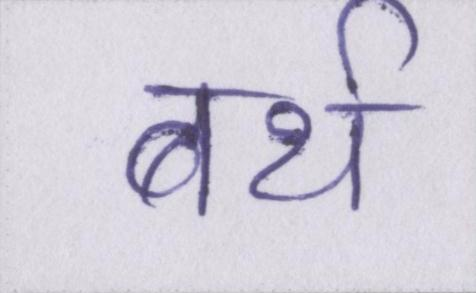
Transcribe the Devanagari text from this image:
बर्थ